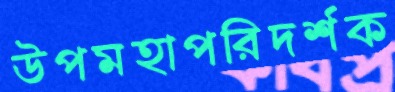
উপমহাপরিদর্শক